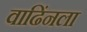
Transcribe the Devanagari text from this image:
वाढिंनला